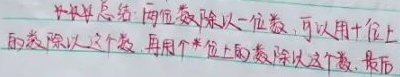
**总结：两位数除以一位数，可以用十位上
的数除以这个数，再用个位上的数除以这个数，最后